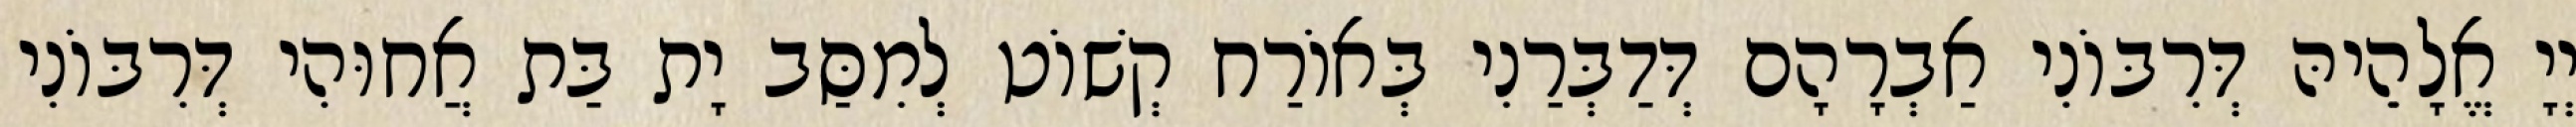
יְיָ אֱלָהֵיהּ דְּרִבּוֹנִי אַבְרָהָם דְּדַבְּרַנִי בְּאוֹרַח קְשׁוֹט לְמִסַּב יָת בַּת אֲחוּהִי דְּרִבּוֹנִי